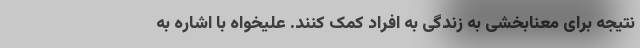
نتیجه برای معنابخشی به زندگی به افراد کمک کنند. علیخواه با اشاره به